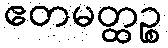
ဧတမတ္ထဉ္စ